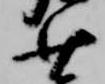
少